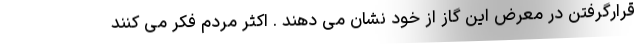
قرارگرفتن در معرض این گاز از خود نشان می دهند . اکثر مردم فکر می کنند